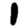
Digit: 1